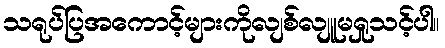
သရုပ်ပြအကောင့်များကိုလျစ်လျူမရှုသင့်ပါ။